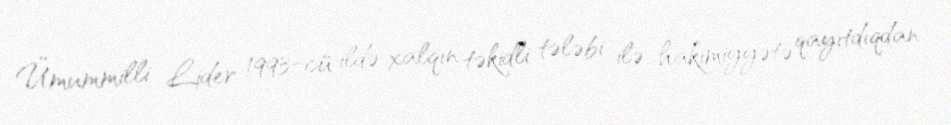
Ümummilli Lider 1993-cü ildə xalqın təkidli tələbi ilə hakimiyyətə qayıtdıqdan